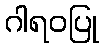
ဂါရဝပြု